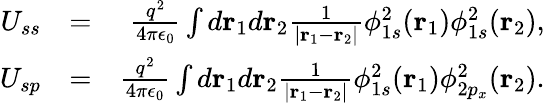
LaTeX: \begin{array}{rlr}{U_{ss}}&{=}&{\frac{q^{2}}{4\pi\epsilon_{0}}\int d{\mathbf r}_{1}d{\mathbf r}_{2}\frac{1}{|{\mathbf r}_{1}-{\mathbf r}_{2}|}\phi_{1s}^{2}({\mathbf r}_{1})\phi_{1s}^{2}({\mathbf r}_{2}),}\\ {U_{sp}}&{=}&{\frac{q^{2}}{4\pi\epsilon_{0}}\int d{\mathbf r}_{1}d{\mathbf r}_{2}\frac{1}{|{\mathbf r}_{1}-{\mathbf r}_{2}|}\phi_{1s}^{2}({\mathbf r}_{1})\phi_{2p_{x}}^{2}({\mathbf r}_{2}).}\end{array}